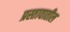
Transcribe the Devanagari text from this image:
प्रस्तावातील